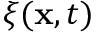
\boldsymbol { \xi } ( \mathbf { x } , t )